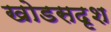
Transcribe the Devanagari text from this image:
खोडसदृश